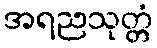
အရညသုတ္တံ